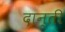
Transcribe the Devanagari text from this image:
दान्ती